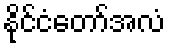
နိုင်ငံတော်အလံ